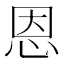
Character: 恩